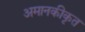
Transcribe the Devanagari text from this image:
अमानकीकृत